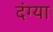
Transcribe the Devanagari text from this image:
दंग्या